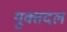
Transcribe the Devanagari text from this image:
युक्तदल